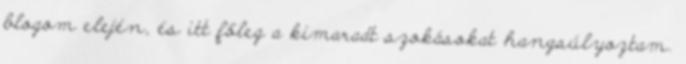
blogom elején, és itt főleg a kimaradt szokásokat hangsúlyoztam.